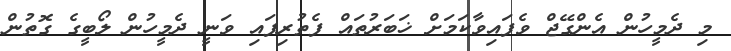
މި ދެމީހުން އެންގޭޖް ވެފައިވާކަމަށް ޚަބަރުތައް ފެތުރިފައި ވަނީ ދެމީހުން ލޯބީގެ ގޮތުން